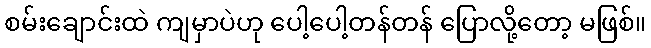
စမ်းချောင်းထဲ ကျမှာပဲဟု ပေါ့ပေါ့တန်တန် ပြောလို့တော့ မဖြစ်။